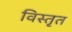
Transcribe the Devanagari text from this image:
विस्‍तृत